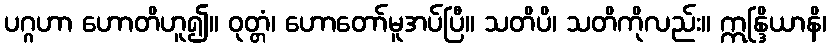
ပဂ္ဂဟာ ဟောတိဟူ၍။ ဝုတ္တံ၊ ဟောတော်မူအပ်ပြီ။ သတိပိ၊ သတိကိုလည်း။ ဣန္ဒြိယာနိ၊